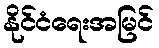
နိုင်ငံရေးအမြင်